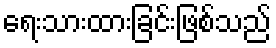
ရေးသားထားခြင်းဖြစ်သည်